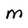
Character: m